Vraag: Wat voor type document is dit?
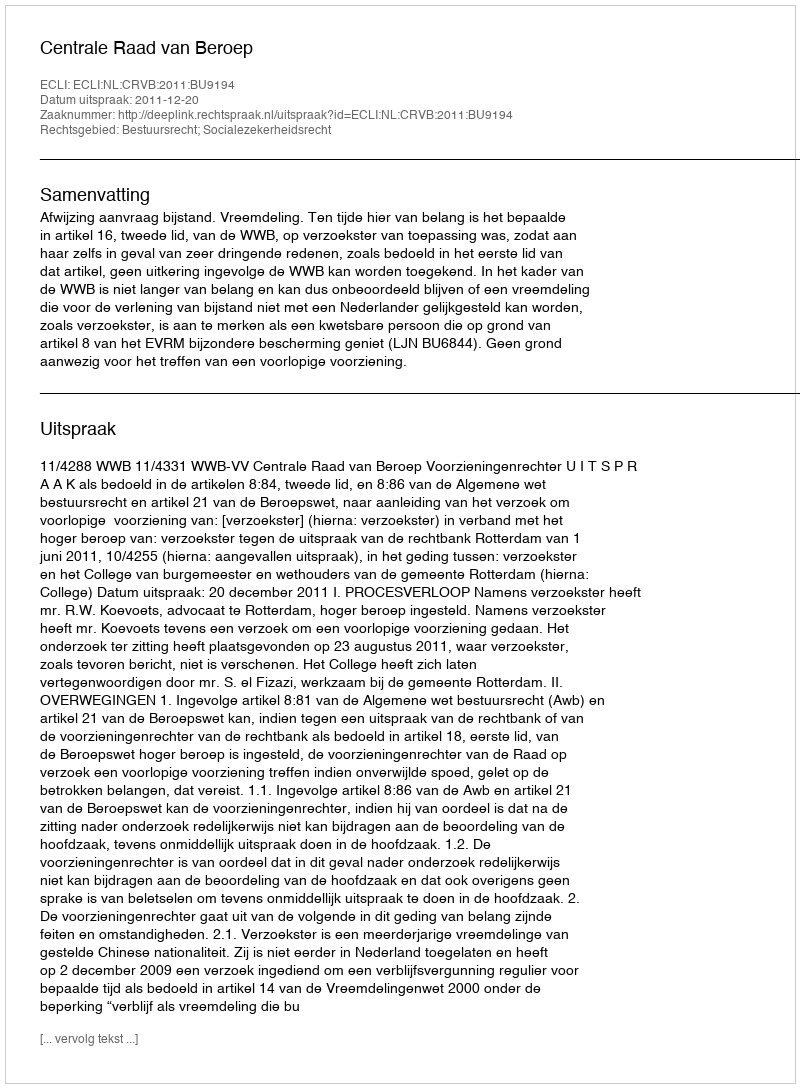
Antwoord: Uitspraak